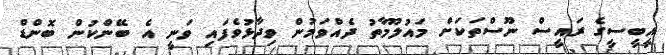
އީބީސީގެ ރައީސް ނޫސްތަކަށް މައުލޫމާތު ދެއްވަމުން ވިދާޅުވެފައި ވަނީ އެ ބޭންކުން ބޮންޑް